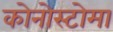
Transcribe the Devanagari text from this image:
कोनोस्टोमा